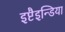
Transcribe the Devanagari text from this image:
इष्टैइन्डिया